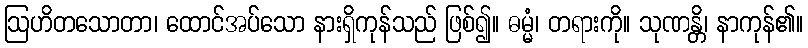
ဩဟိတသောတာ၊ ထောင်အပ်သော နားရှိကုန်သည် ဖြစ်၍။ ဓမ္မံ၊ တရားကို။ သုဏန္တိ၊ နာကုန်၏။